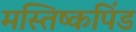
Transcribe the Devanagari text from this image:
मस्तिष्कपिंड